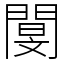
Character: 閺